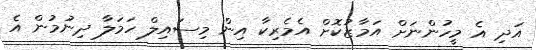
އަދި އެ މީހުންނަށް އަމާޒުކޮށް އެމެރިކާ އިން މިސައިލް ހަމަލާ ދިނުމުން އެ